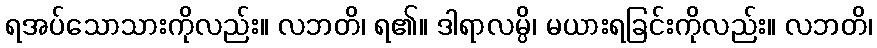
ရအပ်သောသားကိုလည်း။ လဘတိ၊ ရ၏။ ဒါရာလမ္ပိ၊ မယားရခြင်းကိုလည်း။ လဘတိ၊